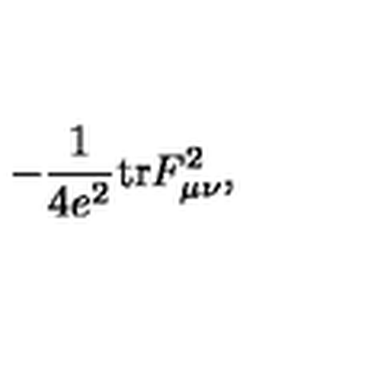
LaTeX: - \frac { 1 } { 4 e ^ { 2 } } \mathrm { t r } F _ { \mu \nu } ^ { 2 } ,